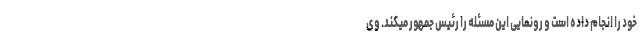
خود را انجام داده است و رونمایی این مسئله را رئیس جمهور میکند. وی